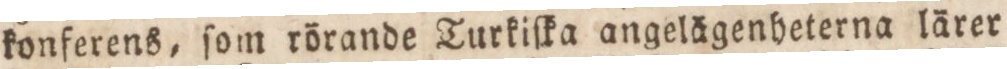
konferens, ſom rörande Turkiſka angelägenheterna lärer